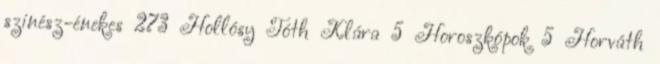
szinész-énekes 273 Hollósy Tóth Klára 5 Horoszkópok 5 Horváth